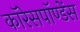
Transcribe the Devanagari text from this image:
कॉरेसपॉण्डेंस